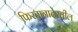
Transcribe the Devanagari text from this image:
फिरतानादेखील